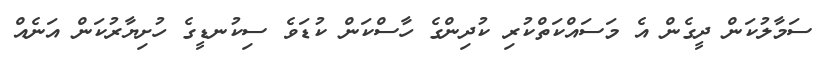
ސަމާލުކަން ދީގެން އެ މަސައްކަތްކުރި ކުދިންގެ ހާސްކަން ކުޑަވެ ސިކުނޑީގެ ހުށިޔާރުކަން އަނެއް